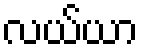
လယ်ယာ